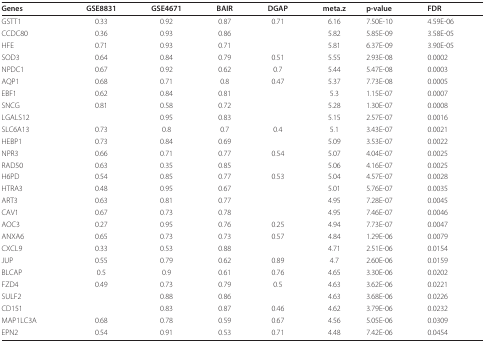
<table><thead><tr><td><b>Genes</b></td><td><b>GSE8831</b></td><td><b>GSE4671</b></td><td><b>BAIR</b></td><td><b>DGAP</b></td><td><b>meta.z</b></td><td><b>p-value</b></td><td><b>FDR</b></td></tr></thead><tbody><tr><td>GSTT1</td><td>0.33</td><td>0.92</td><td>0.87</td><td>0.71</td><td>6.16</td><td>7.50E-10</td><td>4.59E-06</td></tr><tr><td>CCDC80</td><td>0.36</td><td>0.93</td><td>0.86</td><td></td><td>5.82</td><td>5.85E-09</td><td>3.58E-05</td></tr><tr><td>HFE</td><td>0.71</td><td>0.93</td><td>0.71</td><td></td><td>5.81</td><td>6.37E-09</td><td>3.90E-05</td></tr><tr><td>SOD3</td><td>0.64</td><td>0.84</td><td>0.79</td><td>0.51</td><td>5.55</td><td>2.93E-08</td><td>0.0002</td></tr><tr><td>NPDC1</td><td>0.67</td><td>0.92</td><td>0.62</td><td>0.7</td><td>5.44</td><td>5.47E-08</td><td>0.0003</td></tr><tr><td>AQP1</td><td>0.68</td><td>0.71</td><td>0.8</td><td>0.47</td><td>5.37</td><td>7.73E-08</td><td>0.0005</td></tr><tr><td>EBF1</td><td>0.62</td><td>0.84</td><td>0.81</td><td></td><td>5.3</td><td>1.15E-07</td><td>0.0007</td></tr><tr><td>SNCG</td><td>0.81</td><td>0.58</td><td>0.72</td><td></td><td>5.28</td><td>1.30E-07</td><td>0.0008</td></tr><tr><td>LGALS12</td><td></td><td>0.95</td><td>0.83</td><td></td><td>5.15</td><td>2.57E-07</td><td>0.0016</td></tr><tr><td>SLC6A13</td><td>0.73</td><td>0.8</td><td>0.7</td><td>0.4</td><td>5.1</td><td>3.43E-07</td><td>0.0021</td></tr><tr><td>HEBP1</td><td>0.73</td><td>0.84</td><td>0.69</td><td></td><td>5.09</td><td>3.53E-07</td><td>0.0022</td></tr><tr><td>NPR3</td><td>0.66</td><td>0.71</td><td>0.77</td><td>0.54</td><td>5.07</td><td>4.04E-07</td><td>0.0025</td></tr><tr><td>RAD50</td><td>0.63</td><td>0.35</td><td>0.85</td><td></td><td>5.06</td><td>4.16E-07</td><td>0.0025</td></tr><tr><td>H6PD</td><td>0.54</td><td>0.85</td><td>0.77</td><td>0.53</td><td>5.04</td><td>4.57E-07</td><td>0.0028</td></tr><tr><td>HTRA3</td><td>0.48</td><td>0.95</td><td>0.67</td><td></td><td>5.01</td><td>5.76E-07</td><td>0.0035</td></tr><tr><td>ART3</td><td>0.63</td><td>0.81</td><td>0.77</td><td></td><td>4.95</td><td>7.28E-07</td><td>0.0045</td></tr><tr><td>CAV1</td><td>0.67</td><td>0.73</td><td>0.78</td><td></td><td>4.95</td><td>7.46E-07</td><td>0.0046</td></tr><tr><td>AOC3</td><td>0.27</td><td>0.95</td><td>0.76</td><td>0.25</td><td>4.94</td><td>7.73E-07</td><td>0.0047</td></tr><tr><td>ANXA6</td><td>0.65</td><td>0.73</td><td>0.73</td><td>0.57</td><td>4.84</td><td>1.29E-06</td><td>0.0079</td></tr><tr><td>CXCL9</td><td>0.33</td><td>0.53</td><td>0.88</td><td></td><td>4.71</td><td>2.51E-06</td><td>0.0154</td></tr><tr><td>JUP</td><td>0.55</td><td>0.79</td><td>0.62</td><td>0.89</td><td>4.7</td><td>2.60E-06</td><td>0.0159</td></tr><tr><td>BLCAP</td><td>0.5</td><td>0.9</td><td>0.61</td><td>0.76</td><td>4.65</td><td>3.30E-06</td><td>0.0202</td></tr><tr><td>FZD4</td><td>0.49</td><td>0.73</td><td>0.79</td><td>0.5</td><td>4.63</td><td>3.62E-06</td><td>0.0221</td></tr><tr><td>SULF2</td><td></td><td>0.88</td><td>0.86</td><td></td><td>4.63</td><td>3.68E-06</td><td>0.0226</td></tr><tr><td>CD151</td><td></td><td>0.83</td><td>0.87</td><td>0.46</td><td>4.62</td><td>3.79E-06</td><td>0.0232</td></tr><tr><td>MAP1LC3A</td><td>0.68</td><td>0.78</td><td>0.59</td><td>0.67</td><td>4.56</td><td>5.05E-06</td><td>0.0309</td></tr><tr><td>EPN2</td><td>0.54</td><td>0.91</td><td>0.53</td><td>0.71</td><td>4.48</td><td>7.42E-06</td><td>0.0454</td></tr></tbody></table>